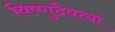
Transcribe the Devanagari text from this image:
विष्णुदैवत्यां